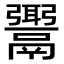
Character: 𩱓